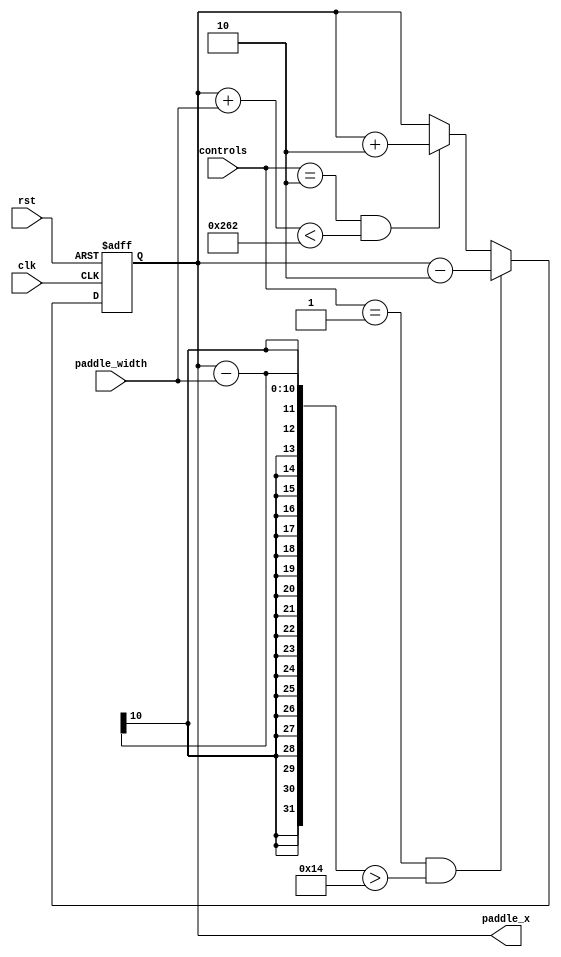
`timescale 1ns / 1ps
//////////////////////////////////////////////////////////////////////////////////
// Company: 
// Engineer: 
// 
// Design Name: 
// Module Name:    Paddle_1 
// Project Name: 
// Target Devices: 
// Tool versions: 
// Description: 
//
// Dependencies: 
//
// Revision: 
// Revision 0.01 - File Created
// Additional Comments: 
//
//////////////////////////////////////////////////////////////////////////////////
module Paddle(
    input clk,
    input rst,
    input [1:0] controls,		//0:no motions 1:left 2: right
	 input [6:0] paddle_width,
    output reg [9:0] paddle_x
    );
	 
always @ (negedge clk or posedge rst)
if (rst)
	paddle_x <= 10'd295; // (630-20-20)/2
else if((controls == 2'd1) && (paddle_x - paddle_width > 20))
	paddle_x <= paddle_x - 2'b10;		//1 pixel to the left
else if ((controls == 2'd2) && (paddle_x + paddle_width < 610))
	paddle_x <= paddle_x + 2'b10;
else
	paddle_x <= paddle_x;
	
endmodule